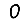
Digit: 0